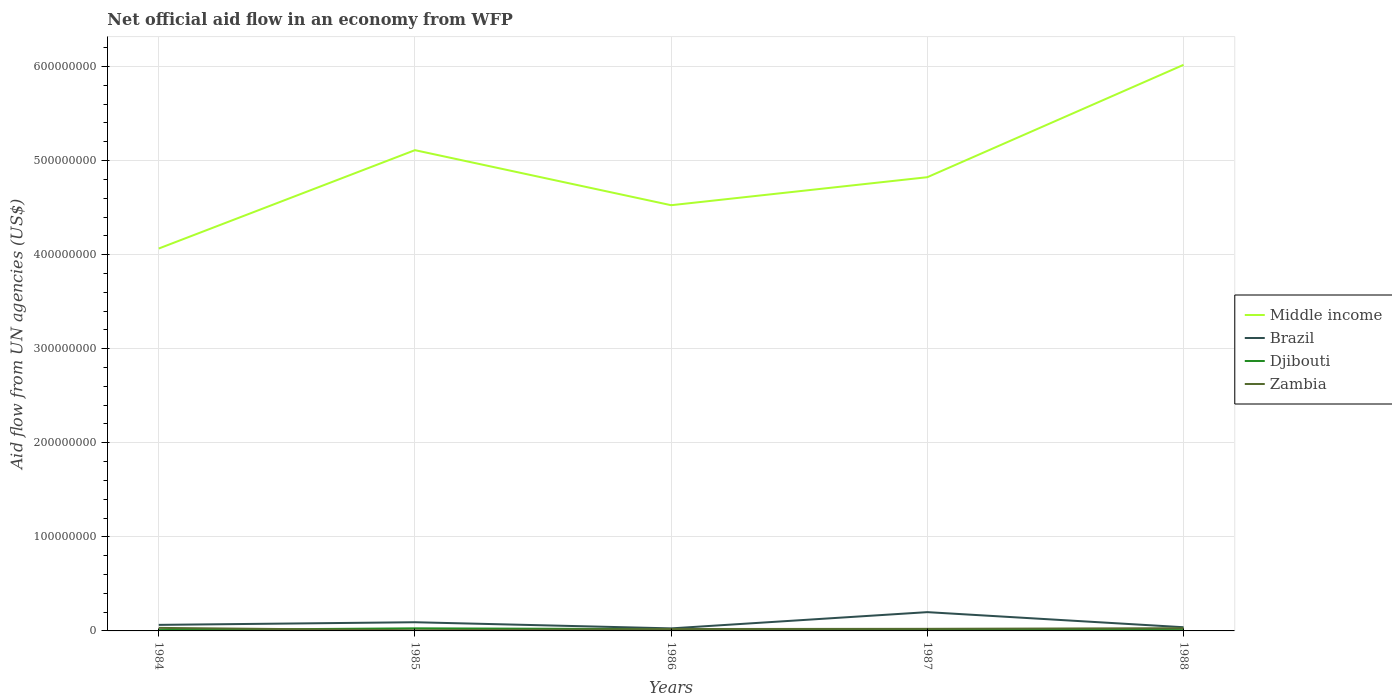
| Years | Middle income | Brazil | Djibouti | Zambia |
 | --- | --- | --- | --- | --- |
 | 1984 | 4.06e+08 | 6.43e+06 | 8.9e+05 | 3.22e+06 |
 | 1985 | 5.11e+08 | 9.24e+06 | 2.75e+06 | 7.2e+05 |
 | 1986 | 4.53e+08 | 2.7e+06 | 1.89e+06 | 2.02e+06 |
 | 1987 | 4.82e+08 | 2e+07 | 1.39e+06 | 2.23e+06 |
 | 1988 | 6.02e+08 | 3.92e+06 | 2.14e+06 | 2.89e+06 |